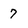
Character: 7